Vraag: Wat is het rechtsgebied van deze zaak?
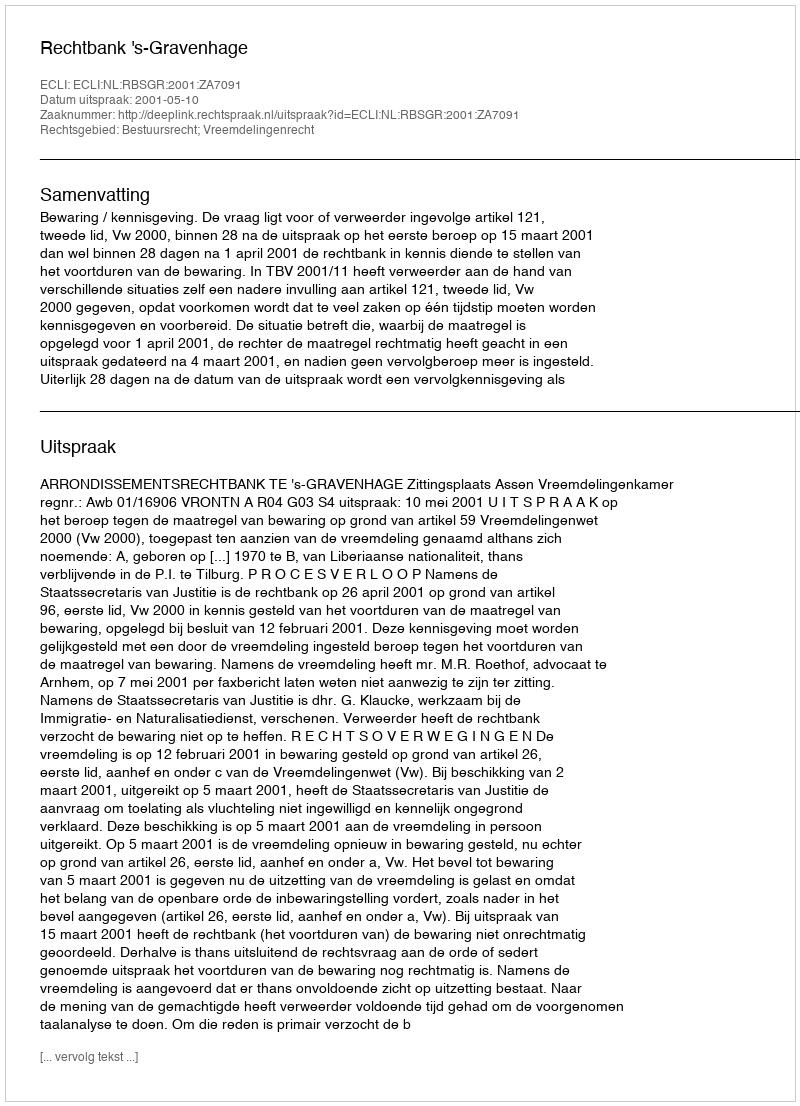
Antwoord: Bestuursrecht; Vreemdelingenrecht